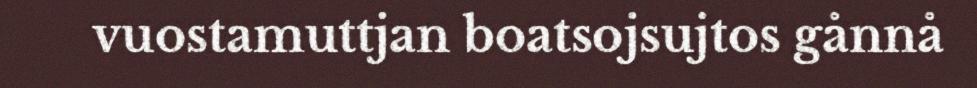
vuostamuttjan boatsojsujtos gånnå